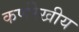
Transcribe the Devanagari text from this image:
कर्णरेखीय